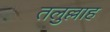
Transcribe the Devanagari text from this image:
तलुल्लाह